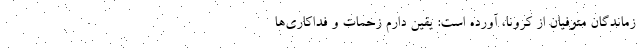
زماندگان متوفیان از کرونا، آورده است: یقین دارم زحمات و فداکاری‌ها